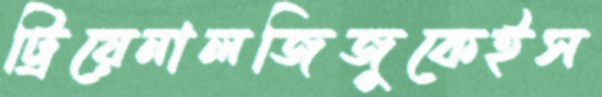
ট্রিয়েনালজিজুকেইস